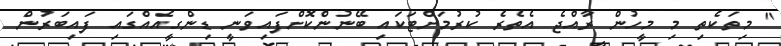
" މިތަކެތި މި މީހުން ރާއްޖެ އެތެރެ ކުރުމަށްޓަކައި ބޭނުންކޮށްފައިވަނީ ޑިންގީއެއްގައި ފައިބަރުން